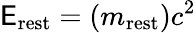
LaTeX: \mathsf{E}_{\mathrm{{rest}}}=(m_{\mathrm{{rest}}})c^{2}